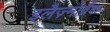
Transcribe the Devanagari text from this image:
इलैज़्मोब्रैंक